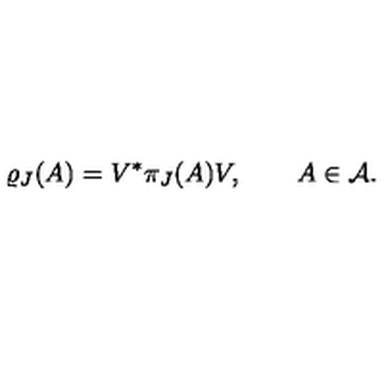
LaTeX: \varrho _ { J } ( A ) = V ^ { * } \pi _ { J } ( A ) V , \qquad A \in { \cal A } .